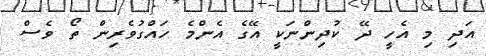
އަދި މި އެހީ ދޭ ކުދިންނަކީ އޭގެ އެންމެ ހައްގުވެރިން ތޯ ވެސް